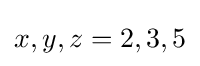
x,y,z=2,3,5